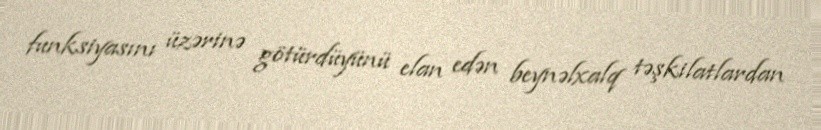
funksiyasını üzərinə götürdüyünü elan edən beynəlxalq təşkilatlardan